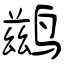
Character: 鹚